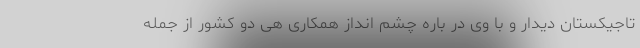
تاجیکستان دیدار و با وی در باره چشم انداز همکاری هی دو کشور از جمله